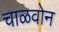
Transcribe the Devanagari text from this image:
चाळवोन